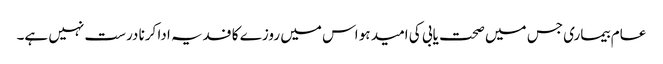
عام بیماری جس میں صحت یابی کی امید ہو اس میں روزے کا فدیہ ادا کرنا درست نہیں ہے۔